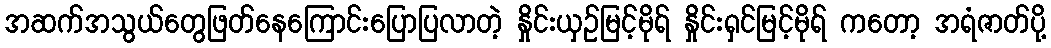
အဆက်အသွယ်တွေဖြတ်နေကြောင်းပြောပြလာတဲ့ နှိုင်းယှဉ်မြင့်မိုရ် နှိုင်းရှင်မြင့်မိုရ် ကတော့ အရံဇာတ်ပို့